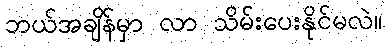
ဘယ်အချိန်မှာ လာ သိမ်းပေးနိုင်မလဲ။